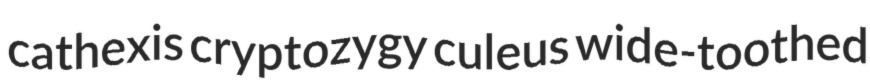
cathexis cryptozygy culeus wide-toothed